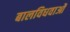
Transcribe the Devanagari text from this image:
बालविधवाओं